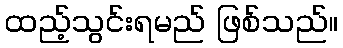
ထည့်သွင်းရမည် ဖြစ်သည်။